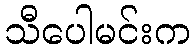
သီပေါမင်းက